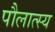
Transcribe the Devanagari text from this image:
पौलात्स्य